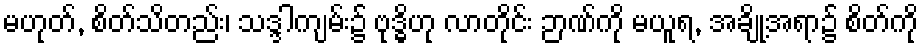
မဟုတ်, စိတ်သိတည်း၊ သဒ္ဒါကျမ်း၌ ဗုဒ္ဓိဟု လာတိုင်း ဉာဏ်ကို မယူရ, အချို့အရာ၌ စိတ်ကို